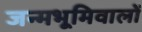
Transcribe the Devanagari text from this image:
जन्मभूमिवालों